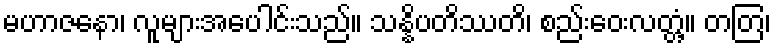
မဟာဇနော၊ လူများအပေါင်းသည်။ သန္နိပတိဿတိ၊ စည်းဝေးလတ္တံ့။ တတြ၊